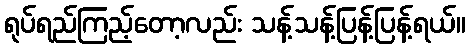
ရုပ်ရည်ကြည့်တော့လည်း သန့်သန့်ပြန့်ပြန့်ရယ်။